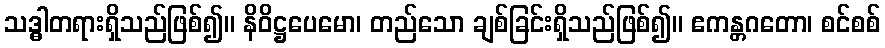
သဒ္ဓါတရားရှိသည်ဖြစ်၍။ နိဝိဋ္ဌပေမော၊ တည်သော ချစ်ခြင်းရှိသည်ဖြစ်၍။ ဧကန္တဂတော၊ စင်စစ်